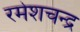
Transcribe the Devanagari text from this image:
रमेशचन्‍द्र